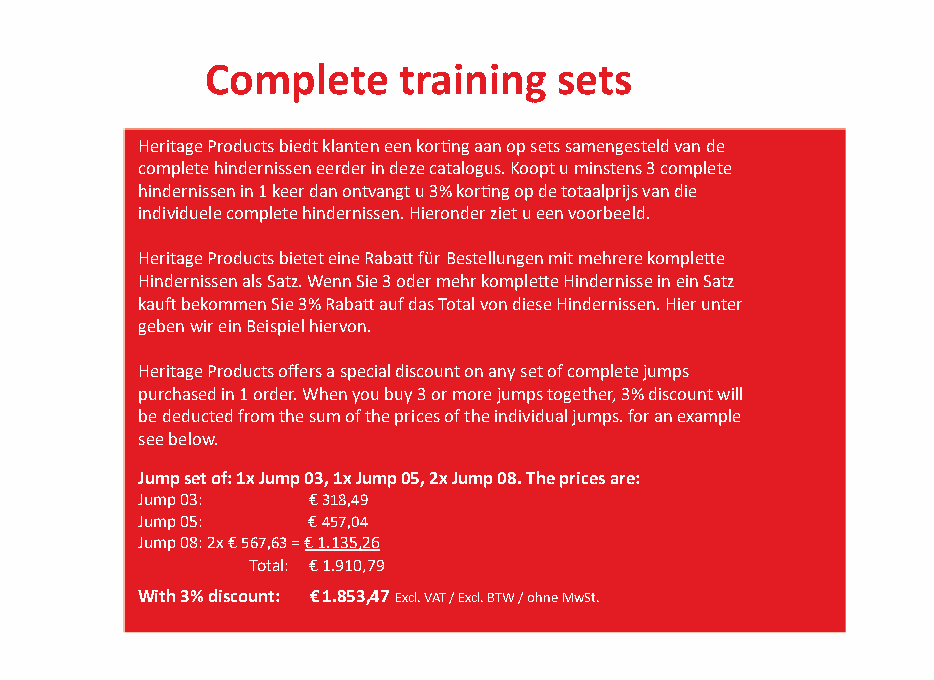
Complete    training   sets
 Heritage Products biedt klanten een korting aan op sets samengesteld van de
 complete hindernissen eerder in deze catalogus. Koopt u minstens 3 complete
 hindernissen in 1 keer dan ontvangt u 3% korting op de totaalprijs van die
 individuele complete hindernissen. Hieronder ziet u een voorbeeld.
 Heritage Products bietet eine Rabatt für Bestellungen mit mehrere komplette
 Hindernissen als Satz. Wenn Sie 3 oder mehr komplette Hindernisse in ein Satz
 kauft bekommen Sie 3% Rabatt auf das Total von diese Hindernissen. Hier unter
 geben wir ein Beispiel hiervon.
 Heritage Products offers a special discount on any set of complete jumps
 purchased in 1 order. When you buy 3 or more jumps together, 3% discount will
 be deducted from the sum of the prices of the individual jumps. for an example
 see below.
 Jump set of: 1x Jump 03, 1x Jump 05, 2x Jump 08. The prices are:
 Jump 03:   € 318,49
 Jump 05:   € 457,04
 Jump 08: 2x € 567,63 = € 1.135,26
 Total: € 1.910,79
 With 3% discount: € 1.853,47 Excl. VAT / Excl. BTW / ohne MwSt.